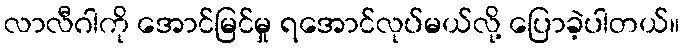
လာလီဂါကို အောင်မြင်မှု ရအောင်လုပ်မယ်လို့ ပြောခဲ့ပါတယ်။